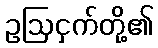
ဥဩငှက်တို့၏